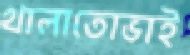
খালাতোভাই